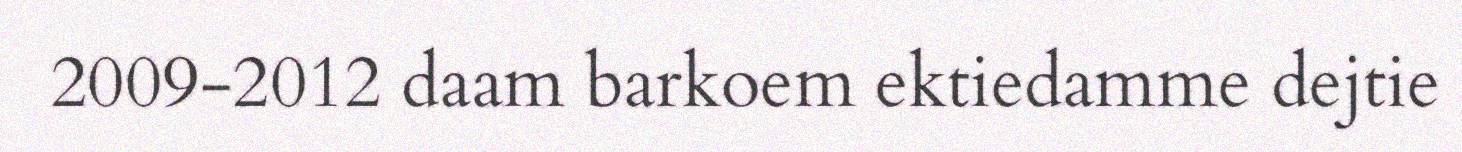
2009-2012 daam barkoem ektiedamme dejtie